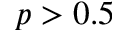
p > 0 . 5